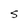
Character: S